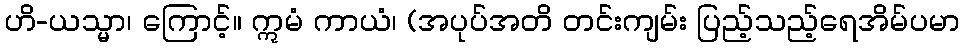
ဟိ-ယသ္မာ၊ ကြောင့်။ ဣမံ ကာယံ၊ (အပုပ်အတိ တင်းကျမ်း ပြည့်သည့်ရေအိမ်ပမာ